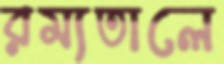
রম্যতালে